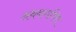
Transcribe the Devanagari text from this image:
अथवागणित